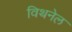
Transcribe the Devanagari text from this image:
विथनेल